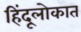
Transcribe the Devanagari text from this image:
हिंदूलोकात